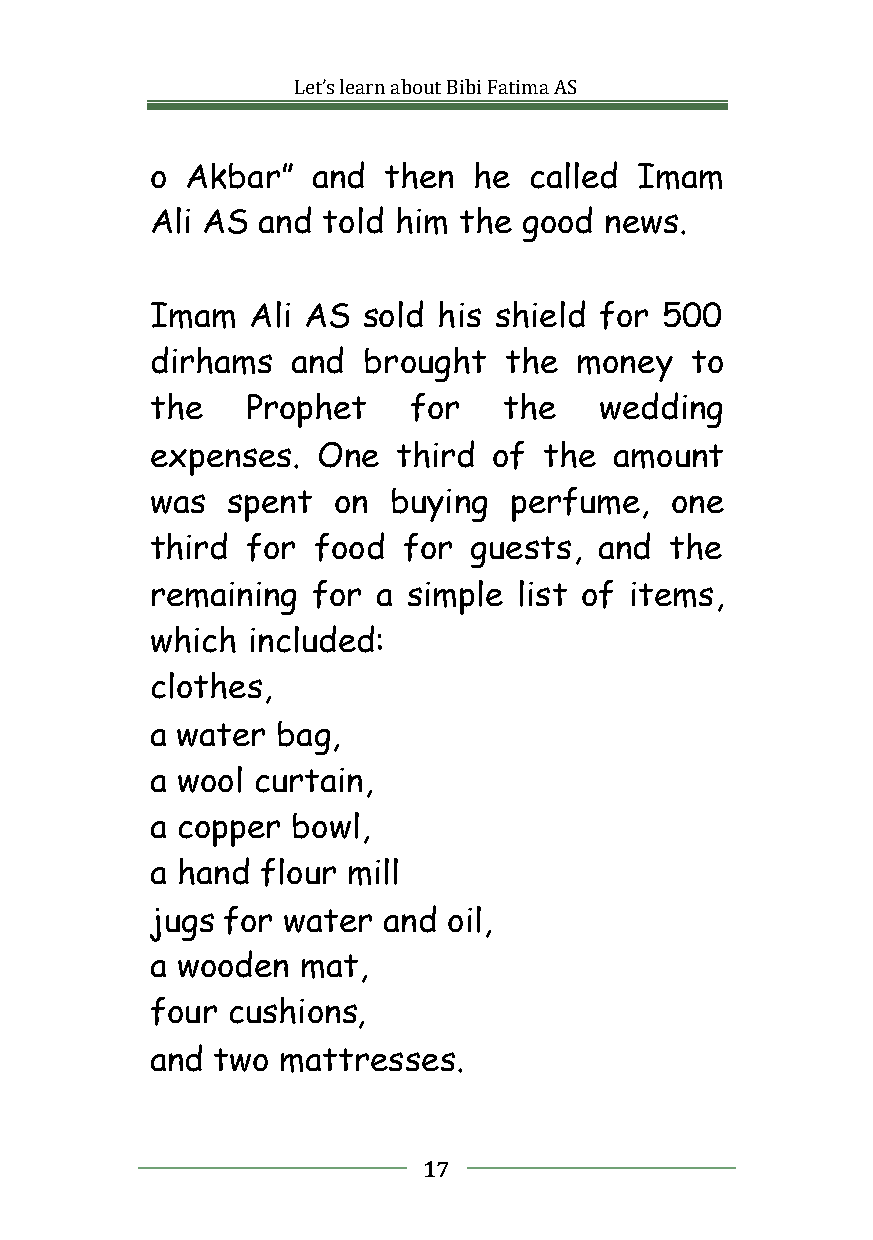
Let’slearnaboutBibiFatimaAS
 o Akbar”   and then  he  called Imam
 Ali AS and told him the  good news.
 Imam   Ali AS sold his shield for 500
 dirhams  and  brought  the  money   to
 the   Prophet    for   the    wedding
 expenses.  One  third  of the  amount
 was  spent  on  buying  perfume,  one
 third for  food  for guests,  and the
 remaining  for a simple list of items,
 which included:
 clothes,
 a water bag,
 a wool curtain,
 a copper bowl,
 a hand flour mill
 jugs for water and  oil,
 a wooden  mat,
 four cushions,
 and two  mattresses.
 17